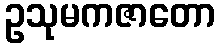
ဥသုမကဇာတော